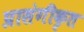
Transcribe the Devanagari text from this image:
प्रासंगीकृत